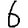
Digit: 6